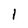
Character: l